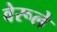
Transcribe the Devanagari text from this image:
वेरूले